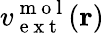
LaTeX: v_{\mathrm{~e~x~t~}}^{\mathrm{~m~o~l~}}(\mathbf{r})